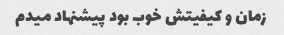
زمان و کیفیتش خوب بود پیشنهاد میدم